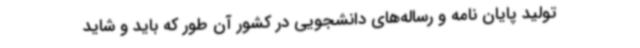
تولید پایان نامه و رساله‌های دانشجویی در کشور آن طور که باید و شاید